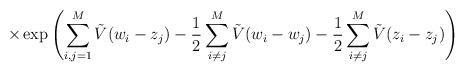
LaTeX: \begin{align*}\times\exp \left( \sum_{i,j=1}^M \tilde{V}(w_i - z_j)- \frac{1}{2}\sum_{i \neq j}^M \tilde{V}(w_i - w_j)- \frac{1}{2}\sum_{i \neq j}^M \tilde{V}(z_i - z_j) \right)\end{align*}